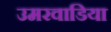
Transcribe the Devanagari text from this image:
उमरवाडिया